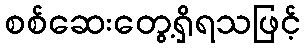
စစ်ဆေးတွေ့ရှိရသဖြင့်